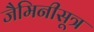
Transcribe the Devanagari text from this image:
जैमिनीसूत्र